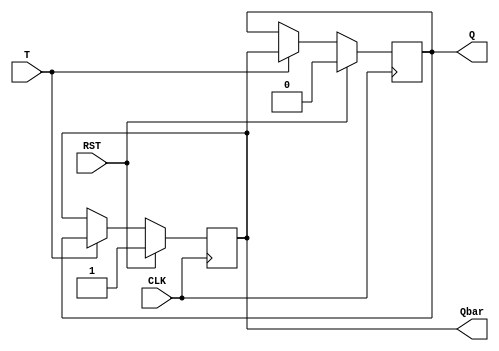
`timescale 1ns / 1ps
//////////////////////////////////////////////////////////////////////////////////
// Company: 
// Engineer: 
// 
// Design Name: 
// Module Name: T_FLIPFLOP
// Project Name: 
// Target Devices: 
// Tool Versions: 
// Description: 
// 
// Dependencies: 
// 
// Revision:
// Revision 0.01 - File Created
// Additional Comments:
// 
//////////////////////////////////////////////////////////////////////////////////


module T_FLIPFLOP(Q,Qbar,T,CLK,RST);
input T,CLK,RST;
output reg Q, Qbar;
always@(posedge CLK)
begin

if (RST==1'b1)
begin
Q<=0;
Qbar<=1;
end

else if (T==1'b0)
begin
Q<=Q;
Qbar<=Qbar;
end

else if (T==1'b1)
begin
Q<=Qbar;
Qbar<=Q;
end

end
endmodule